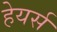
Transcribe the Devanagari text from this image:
हेयर्स